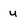
Character: u